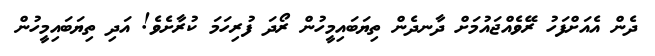
ދެން އެއަށްފަހު ރޭވެއްޖައުމަށް ދާނދެން ތިޔަބައިމީހުން ރޯދަ ފުރިހަމަ ކުރާށެވެ! އަދި ތިޔަބައިމީހުން